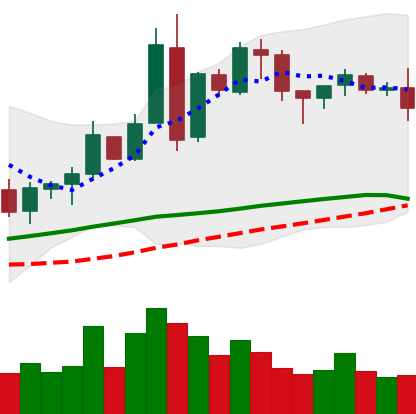
Ticker: BNB-USD
Chart end date: 2018-05-06
Forward return: -6.804%
Label: down_5_7